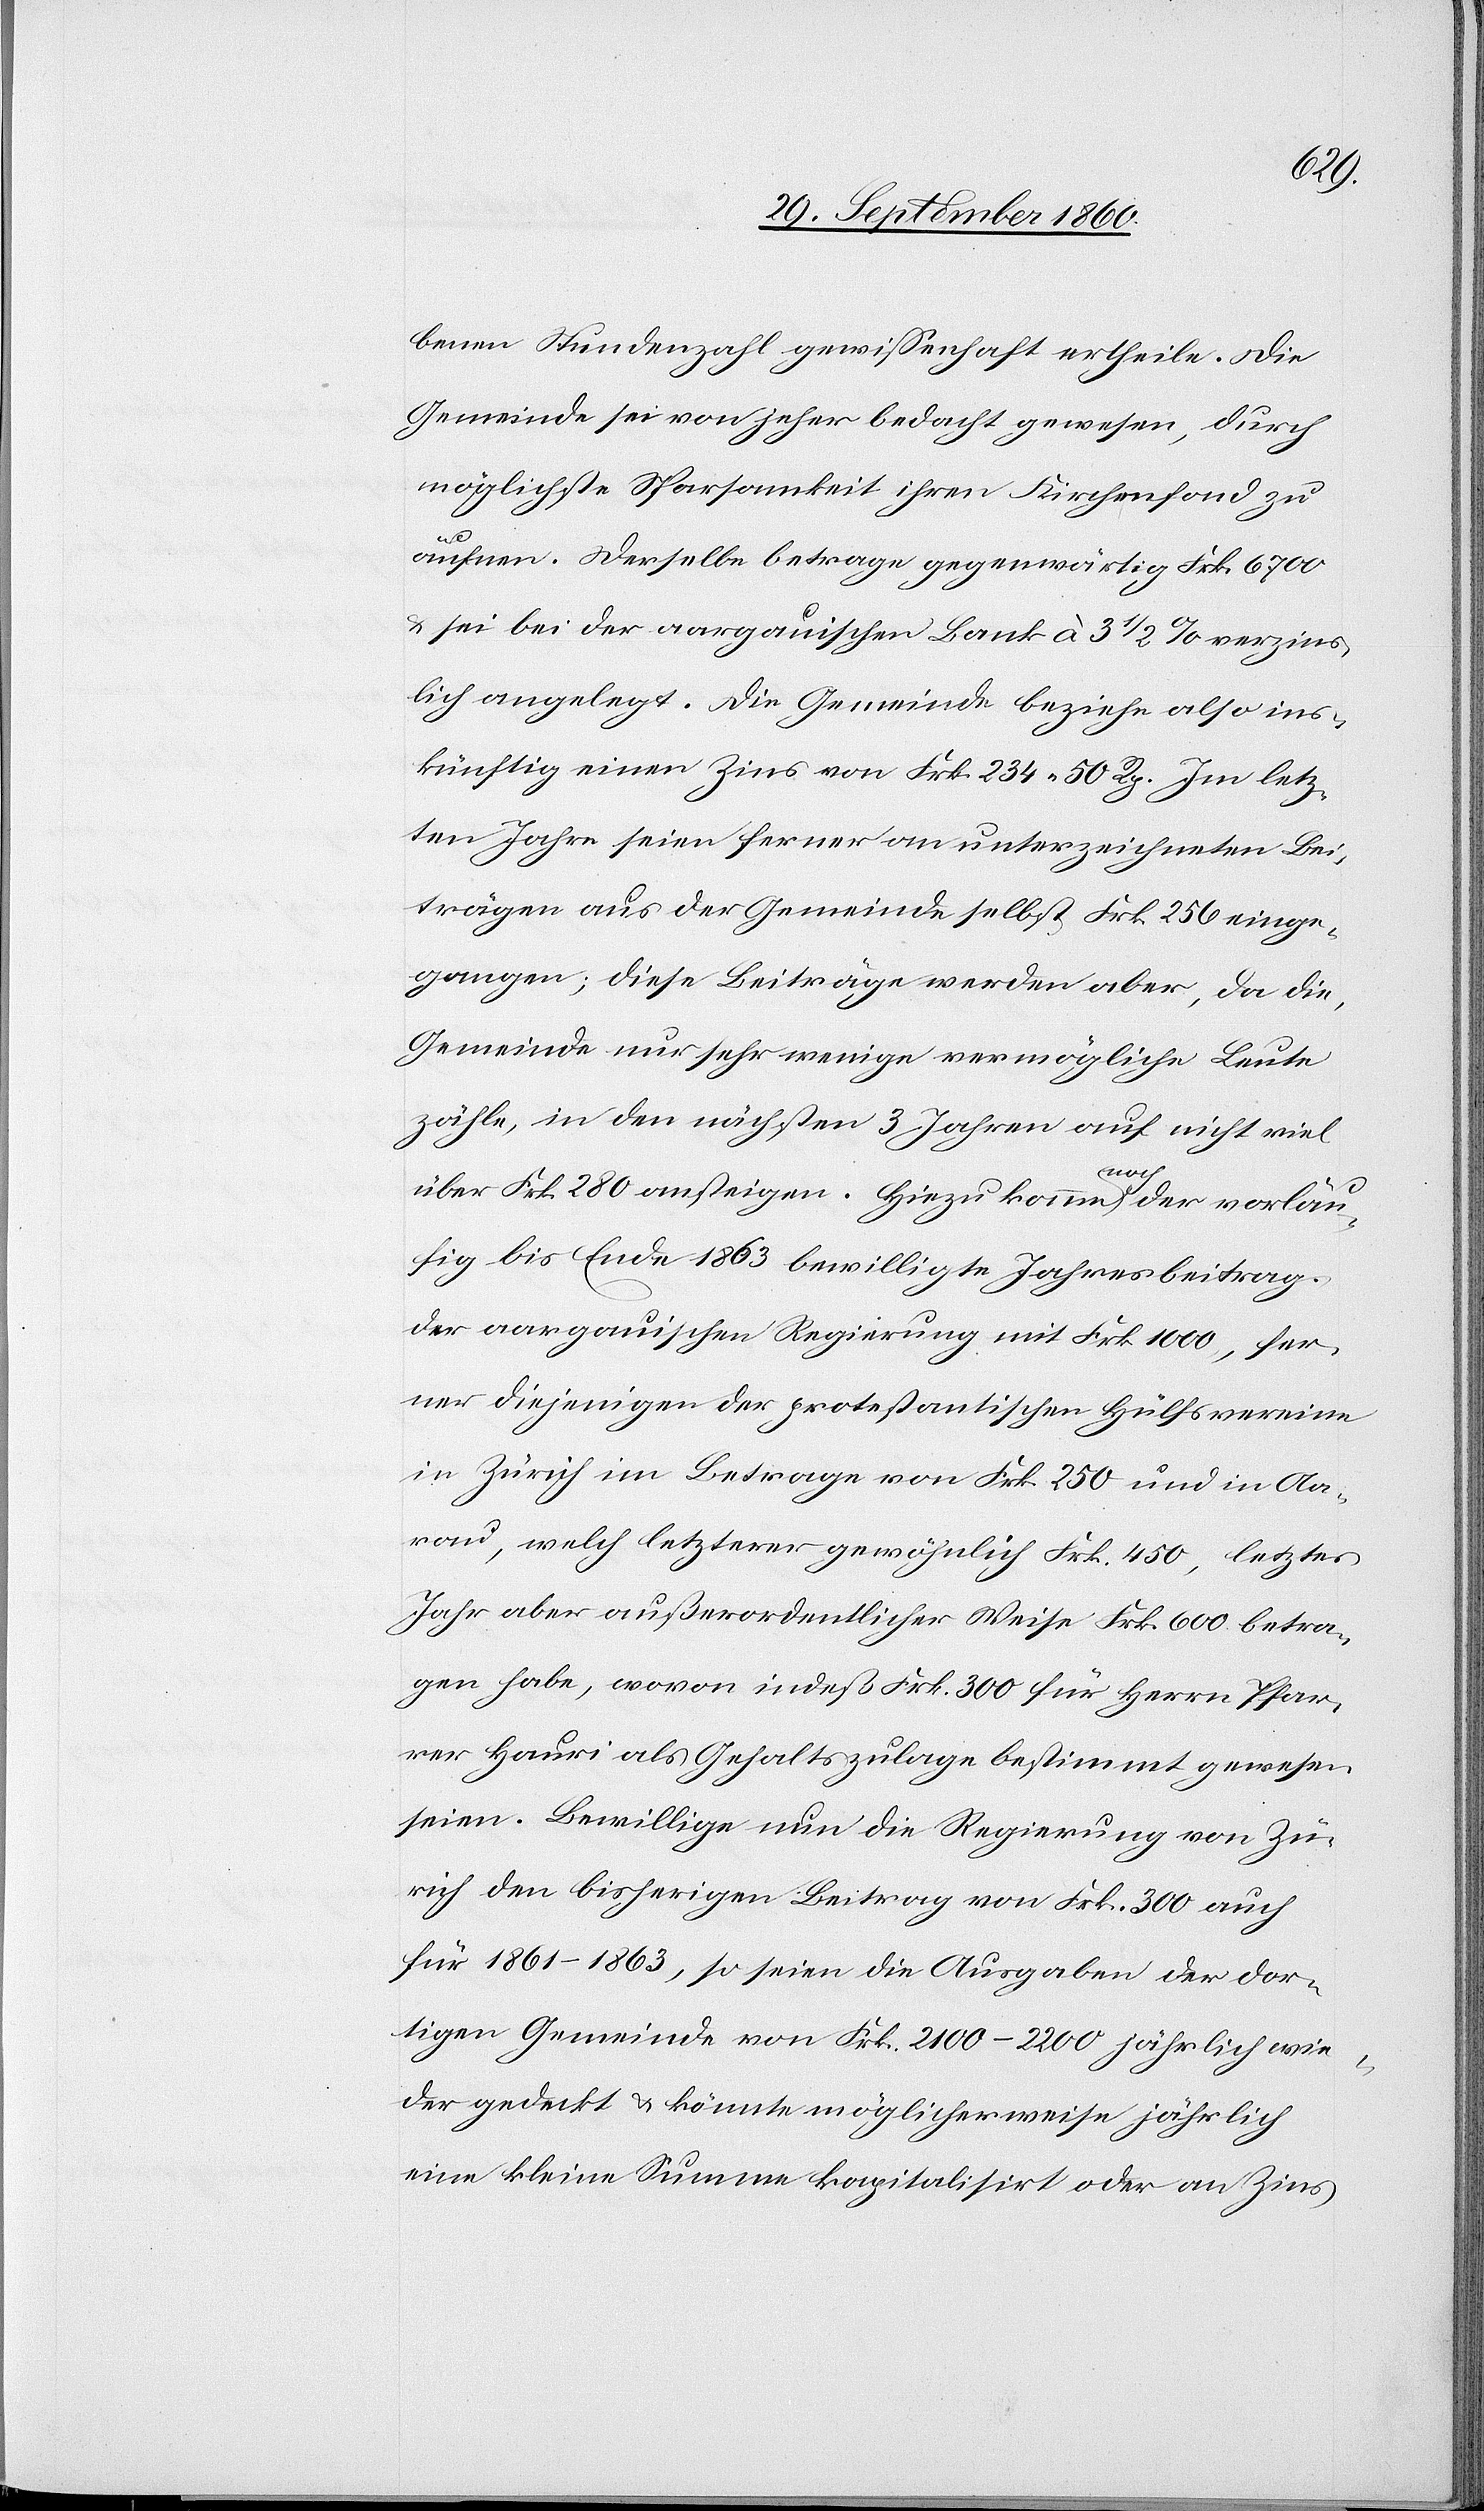
benen Stundenzahl gewissenhaft ertheilte. Die
Gemeinde sei von jeher bedacht gewesen, durch
möglichste Sparsamkeit ihren Kirchenfond zu
äuffnen. Derselbe betrage gegenwärtig Frk. 6700
u. sei bei der aargauischen Bank à 3 1/2% verzins¬
lich angelegt. Die Gemeinde beziehe also ins¬
künftig einen Zins von Frk. 234 50 Rp. Im letz¬
ten Jahre seien ferner an unterzeichneten Bei¬
trägen aus der Gemeinde selbst Frk. 256 einge¬
gangen; diese Beiträge werden aber, da die
Gemeinde nur sehr wenige vermögliche Leute
zähle, in den nächsten 3 Jahren auf nicht viel
über Frk. 280 ansteigen. Hiezu komme noch der vorläu¬
fig bis Ende 1863 bewilligte Jahresbeitrag
der aargauischen Regierung mit Frk. 1000, fer¬
ner diejenigen der protestantischen Hülfsvereine
in Zürich im Betrage von Frk. 250 und in Aa¬
rau, welch letzterer gewöhnlich Frk. 450, letztes
Jahr aber außerordentlicher Weise Frk. 600 betra¬
gen habe, wovon indeß Frk. 300 für Herrn Pfar¬
rer Hauri als Gehaltszulage bestimmt gewesen
seien. Bewillige nun die Regierung von Zü¬
rich den bisherigen Beitrag von Frk. 300 auch
für 1861–1863, so seien die Ausgaben der dor¬
tigen Gemeinde von Frk. 211–2200 jährlich wie¬
der gedeckt & könne möglicherweise jährlich
eine kleine Summe kapitalisirt oder an Zins